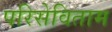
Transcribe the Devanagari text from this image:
परिसेविताम